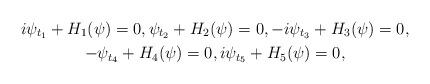
LaTeX: \begin{gather*}i\psi_{t_1}+H_1(\psi)=0,\psi_{t_2}+H_2(\psi)=0,-i\psi_{t_3}+H_3(\psi)=0,\\-\psi_{t_4}+H_4(\psi)=0,i\psi_{t_5}+H_5(\psi)=0,\end{gather*}